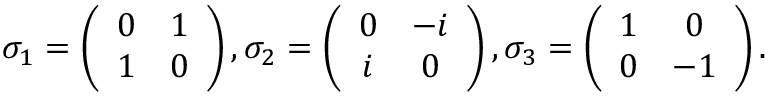
\begin{array} { r } { \sigma _ { 1 } = \left( \begin{array} { c c } { 0 } & { 1 } \\ { 1 } & { 0 } \end{array} \right) , \sigma _ { 2 } = \left( \begin{array} { c c } { 0 } & { - i } \\ { i } & { 0 } \end{array} \right) , \sigma _ { 3 } = \left( \begin{array} { c c } { 1 } & { 0 } \\ { 0 } & { - 1 } \end{array} \right) . } \end{array}